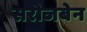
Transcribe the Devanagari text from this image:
सरोजबेन